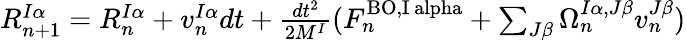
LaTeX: \begin{array}{r}{R_{n+1}^{I\alpha}=R_{n}^{I\alpha}+v_{n}^{I\alpha}dt+\frac{dt^{2}}{2M^{I}}(F_{n}^{\mathrm{BO,I\ alpha}}+\sum_{J\beta}\Omega_{n}^{I\alpha,J\beta}v_{n}^{J\beta})}\end{array}